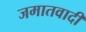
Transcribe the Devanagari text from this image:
जमातवादी